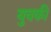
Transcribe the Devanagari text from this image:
युवकी